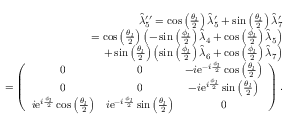
\begin{array} { r l r } & { } & { \hat { \lambda } _ { 5 } ^ { \prime \prime } = \cos \left( \frac { \theta _ { l } } { 2 } \right) \hat { \lambda } _ { 5 } ^ { \prime } + \sin \left( \frac { \theta _ { l } } { 2 } \right) \hat { \lambda } _ { 7 } ^ { \prime } } \\ & { } & { = \cos \left( \frac { \theta _ { l } } { 2 } \right) \left( - \sin \left( \frac { \phi _ { l } } { 2 } \right) \hat { \lambda } _ { 4 } + \cos \left( \frac { \phi _ { l } } { 2 } \right) \hat { \lambda } _ { 5 } \right) } \\ & { } & { \ \ + \sin \left( \frac { \theta _ { l } } { 2 } \right) \left( \sin \left( \frac { \phi _ { l } } { 2 } \right) \hat { \lambda } _ { 6 } + \cos \left( \frac { \phi _ { l } } { 2 } \right) \hat { \lambda } _ { 7 } \right) } \\ & { } & { = \left( \begin{array} { c c c } { 0 } & { 0 } & { - i \mathrm { e } ^ { - i \frac { \phi _ { l } } { 2 } } \cos \left( \frac { \theta _ { l } } { 2 } \right) } \\ { 0 } & { 0 } & { - i \mathrm { e } ^ { i \frac { \phi _ { l } } { 2 } } \sin \left( \frac { \theta _ { l } } { 2 } \right) } \\ { i \mathrm { e } ^ { i \frac { \phi _ { l } } { 2 } } \cos \left( \frac { \theta _ { l } } { 2 } \right) } & { i \mathrm { e } ^ { - i \frac { \phi _ { l } } { 2 } } \sin \left( \frac { \theta _ { l } } { 2 } \right) } & { 0 } \end{array} \right) . } \end{array}